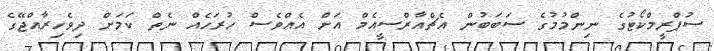
ސުޕްރީމްކޯޓުގެ ނިންމުމުގެ ސަބަބުން އެޗްއާރްސީއެމް އަށް އެއްވެސް ހުރަހެއް ނެތް ކަމަށް ދިވެހިރާއްޖޭގެ